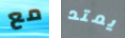
مع يمتد